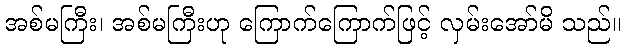
အစ်မကြီး၊ အစ်မကြီးဟု ကြောက်ကြောက်ဖြင့် လှမ်းအော်မိ သည်။